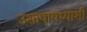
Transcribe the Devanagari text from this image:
उशापायथ्याशीं